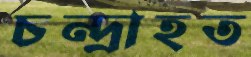
চন্দ্রাহত